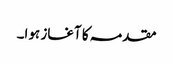
مقدمہ کا آغاز ہوا۔